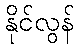
နိုင်လွန်